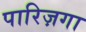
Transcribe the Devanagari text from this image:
पारिज़गा